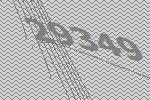
29349